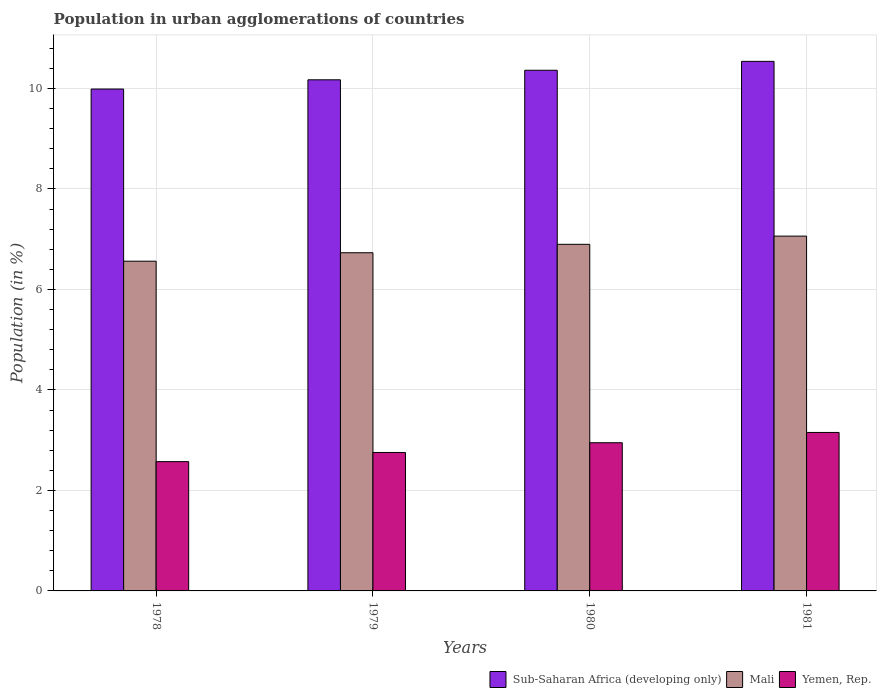
| Years | Sub-Saharan Africa (developing only) | Mali | Yemen, Rep. |
 | --- | --- | --- | --- |
 | 1978 | 9.99 | 6.56 | 2.57 |
 | 1979 | 10.2 | 6.73 | 2.76 |
 | 1980 | 10.4 | 6.9 | 2.95 |
 | 1981 | 10.5 | 7.06 | 3.15 |